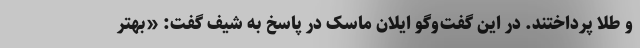
و طلا پرداختند. در این گفت‌و‌گو ایلان ماسک در پاسخ به شیف گفت: «بهتر